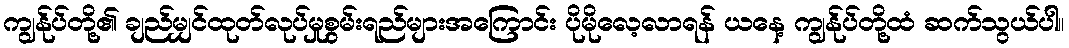
ကျွန်ုပ်တို့၏ ချည်မျှင်ထုတ်လုပ်မှုစွမ်းရည်များအကြောင်း ပိုမိုလေ့လာရန် ယနေ့ ကျွန်ုပ်တို့ထံ ဆက်သွယ်ပါ။